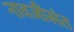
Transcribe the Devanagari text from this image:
नावजीसंत